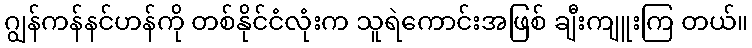
ဂျွန်ကန်နင်ဟန်ကို တစ်နိုင်ငံလုံးက သူရဲကောင်းအဖြစ် ချီးကျူးကြ တယ်။